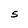
Character: S